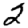
Digit: 2